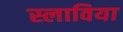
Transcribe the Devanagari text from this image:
स्लाविया